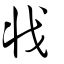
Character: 戕